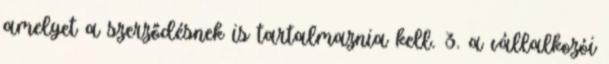
amelyet a szerződésnek is tartalmaznia kell. 3. a vállalkozói